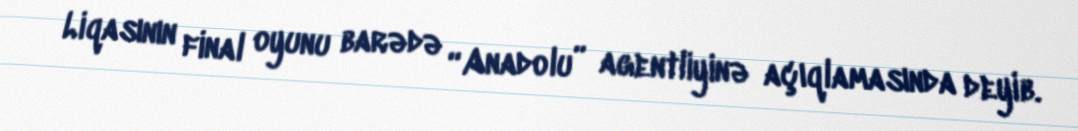
Liqasının final oyunu barədə “Anadolu” agentliyinə açıqlamasında deyib.